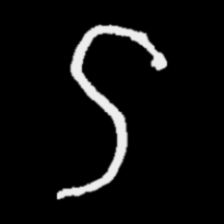
Pyu character \u2014 Myanmar letter: ဌ (romanized: ttha)